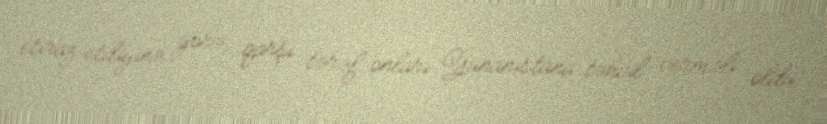
etiraz etdiyinə görə, qarşı tərəf onları Yunanıstana təhvil verməli oldu.